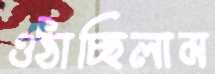
ওঠাচ্ছিলাম